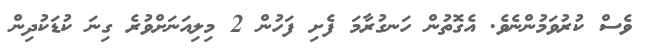
ވެސް ކުރުވަމުންނެވެ. އެގޮތުން ހަނގުރާމަ ފެށި ފަހުން 2 މިލިއަނަށްވުރެ ގިނަ ކުޑަކުދިން